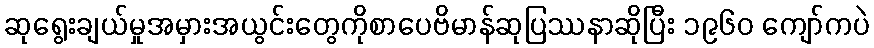
ဆုရွေးချယ်မှုအမှားအယွင်းတွေကိုစာပေဗိမာန်ဆုပြဿနာဆိုပြီး ၁၉၆၀ ကျော်ကပဲ